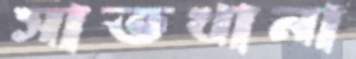
সাতখানা